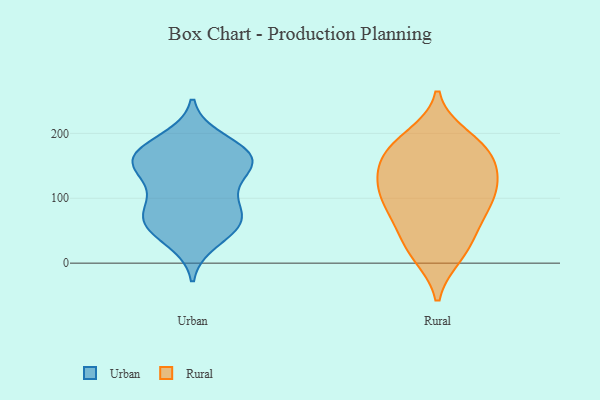
{"axis": {"x": "Waste Production (Tons)", "y": "Value"}, "legend": ["Rural", "Urban"], "data": [{"x": "", "y": 65, "type": "Urban"}, {"x": "", "y": 63, "type": "Urban"}, {"x": "", "y": 158, "type": "Urban"}, {"x": "", "y": 64, "type": "Urban"}, {"x": "", "y": 156, "type": "Urban"}, {"x": "", "y": 166, "type": "Urban"}, {"x": "", "y": 62, "type": "Urban"}, {"x": "", "y": 189, "type": "Urban"}, {"x": "", "y": 35, "type": "Urban"}, {"x": "", "y": 129, "type": "Urban"}, {"x": "", "y": 106, "type": "Urban"}, {"x": "", "y": 166, "type": "Urban"}, {"x": "", "y": 169, "type": "Urban"}, {"x": "", "y": 85, "type": "Urban"}, {"x": "", "y": 149, "type": "Urban"}, {"x": "", "y": 87, "type": "Rural"}, {"x": "", "y": 61, "type": "Rural"}, {"x": "", "y": 139, "type": "Rural"}, {"x": "", "y": 155, "type": "Rural"}, {"x": "", "y": 58, "type": "Rural"}, {"x": "", "y": 95, "type": "Rural"}, {"x": "", "y": 177, "type": "Rural"}, {"x": "", "y": 13, "type": "Rural"}, {"x": "", "y": 100, "type": "Rural"}, {"x": "", "y": 195, "type": "Rural"}, {"x": "", "y": 115, "type": "Rural"}, {"x": "", "y": 152, "type": "Rural"}, {"x": "", "y": 32, "type": "Rural"}, {"x": "", "y": 183, "type": "Rural"}, {"x": "", "y": 179, "type": "Rural"}, {"x": "", "y": 133, "type": "Rural"}, {"x": "", "y": 12, "type": "Rural"}, {"x": "", "y": 110, "type": "Rural"}]}